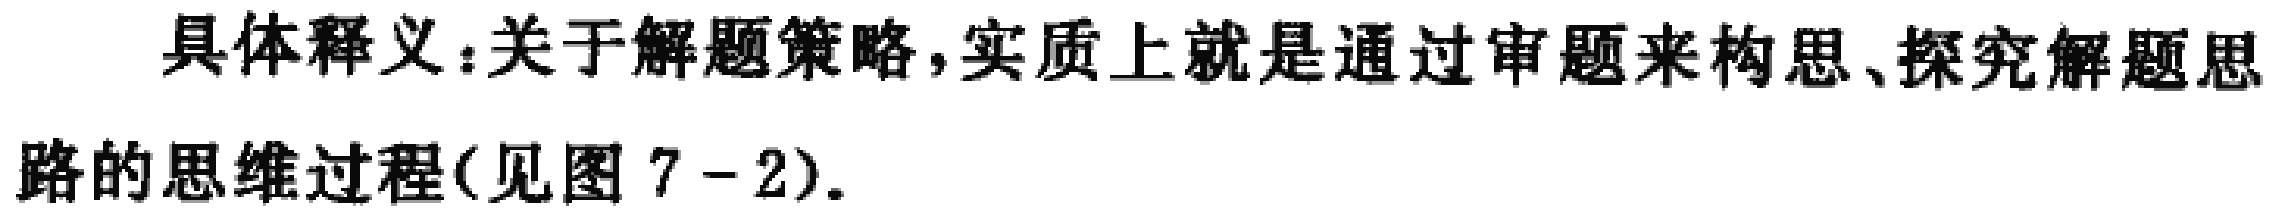
具体释义：关于解题策略, 实质上就是通过审题来构思、探究解题思路的思维过程(见图 7 - 2).